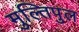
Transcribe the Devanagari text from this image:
मुल्तिपुल